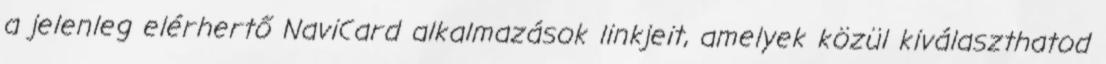
a jelenleg elérhertő NaviCard alkalmazások linkjeit, amelyek közül kiválaszthatod